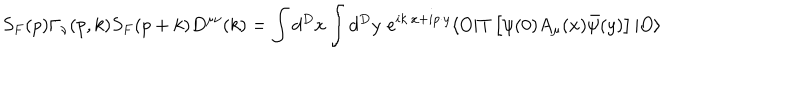
LaTeX: S _ { F } ( p ) \Gamma _ { \nu } ( p , k ) S _ { F } ( p + k ) D ^ { \mu \nu } ( k ) = \int d ^ { D } x \int d ^ { D } y \, \, e ^ { i k \cdot x + i p \cdot y } \langle O \vert T \left[ \psi ( 0 ) A _ { \mu } ( x ) \bar { \psi } ( y ) \right] \vert O \rangle